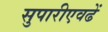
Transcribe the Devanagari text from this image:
सुपारीएवढें